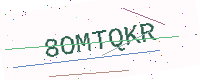
Text: 8OMTQKR